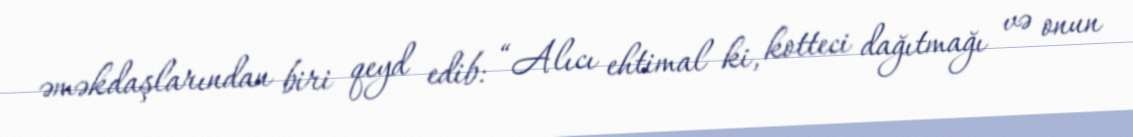
əməkdaşlarından biri qeyd edib: “Alıcı ehtimal ki, kotteci dağıtmağı və onun